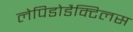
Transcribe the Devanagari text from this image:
लेपिडोडैक्टिलस